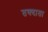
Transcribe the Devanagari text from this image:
तक्दाता